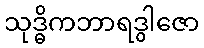
သုဒ္ဓိကဘာရဒွါဇော